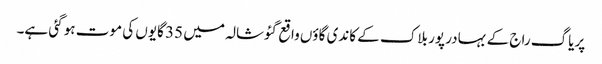
پریاگ راج کے بہادر پور بلاک کے کاندی گاؤں واقع گئوشالہ میں 35 گایوں کی موت ہو گئی ہے۔